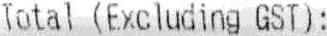
TOTAL (EXCLUDING GST):